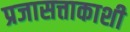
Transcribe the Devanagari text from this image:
प्रजासत्ताकाशी